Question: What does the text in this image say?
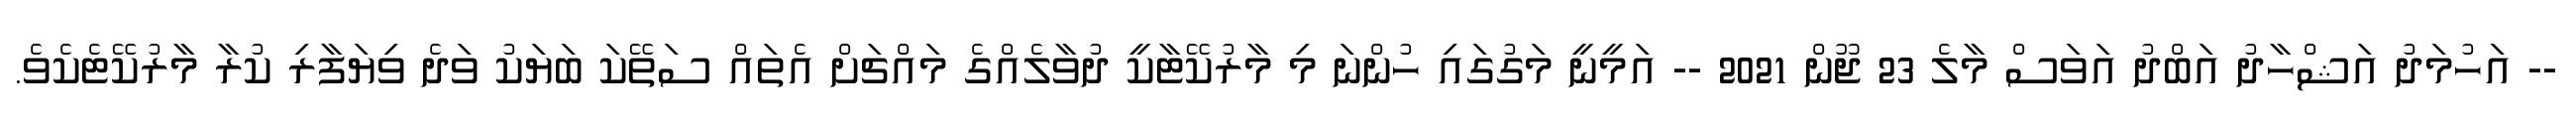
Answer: -- އަހުމަދު އަޝްހާދު އަބްދު އަވަސް މާލެ 23 ޖޫން 2021 -- އަމީނީ މަގުގައި ހުންނަ މި މާރުކޭޓާކީ ދުވާލެއްގެ މައްޗަށް އެތައް ސަތޭކަ ބަޔަކު ވަދެ ވިޔަފާރި ކުރާ މާރުކޭޓެކެވެ.